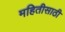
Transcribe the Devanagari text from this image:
महितीसाठी